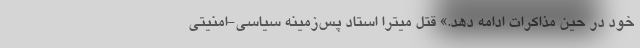
خود در حین مذاکرات ادامه دهد.» قتل میترا استاد پس‌زمینه سیاسی‌-امنیتی